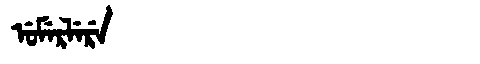
Manchu: ᡠᠮᡝᡵᠯᡝᡵᡝ
Romanization: UMERLERE